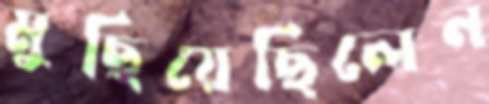
মুছিয়েছিলেন